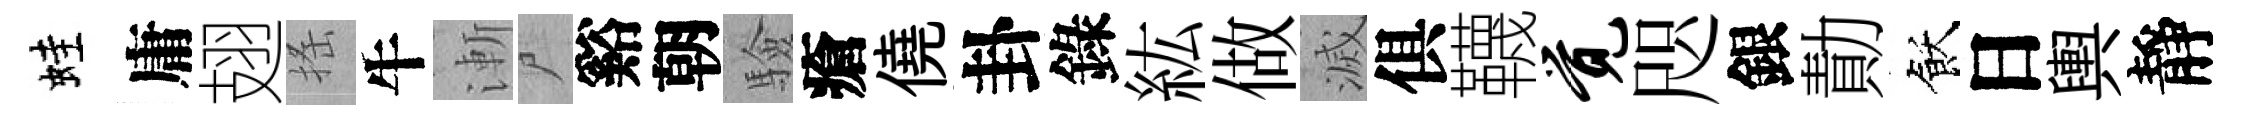
蛙庸翅搖牛漸尸谿朝驗瘡僥卦錄紘做滅俱韈觉咫銀勣飫日輿靜